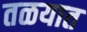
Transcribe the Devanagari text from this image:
तळयात